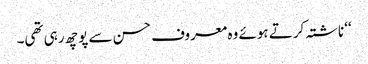
‘‘ ناشتہ کرتے ہوئے وہ معروف حسن سے پوچھ رہی تھی۔